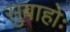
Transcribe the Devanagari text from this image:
सुबाहोः